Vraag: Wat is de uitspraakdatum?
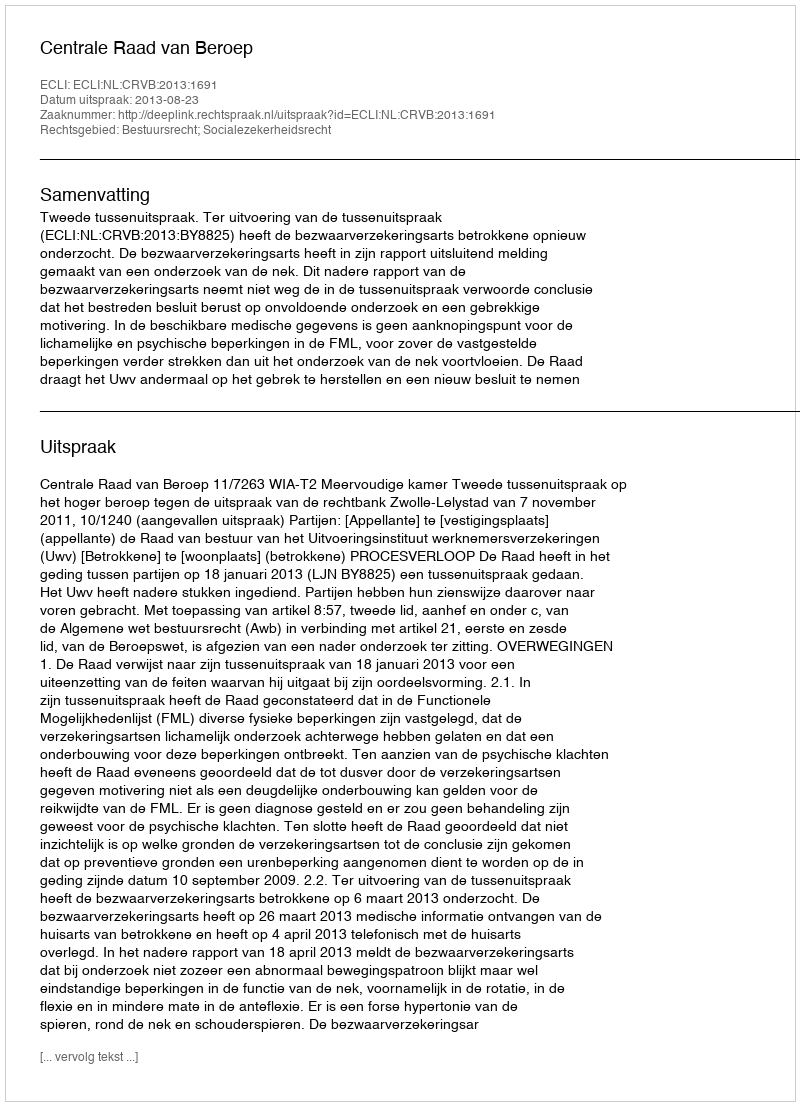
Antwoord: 2013-08-23